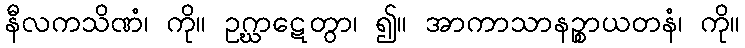
နီလကသိဏံ၊ ကို။ ဥဂ္ဃာဋေတွာ၊ ၍။ အာကာသာနဉ္စာယတနံ၊ ကို။